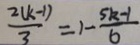
\frac { 2 ( k - 1 ) } { 3 } = 1 - \frac { 5 k - 1 } { 6 }